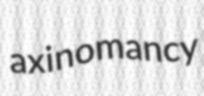
axinomancy